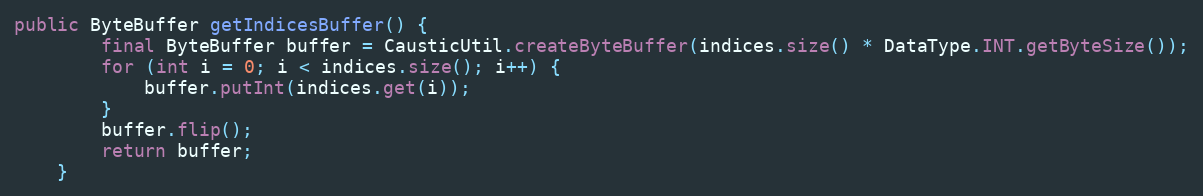
Language: Java
public ByteBuffer getIndicesBuffer() {
        final ByteBuffer buffer = CausticUtil.createByteBuffer(indices.size() * DataType.INT.getByteSize());
        for (int i = 0; i < indices.size(); i++) {
            buffer.putInt(indices.get(i));
        }
        buffer.flip();
        return buffer;
    }